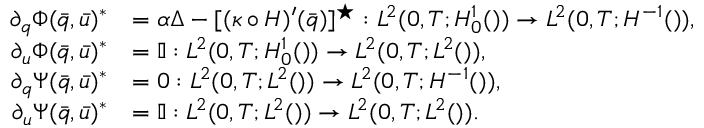
\begin{array} { r l } { \partial _ { q } \Phi ( \bar { q } , \bar { u } ) ^ { \ast } } & { = \alpha \Delta - [ ( \kappa \circ H ) ^ { \prime } ( \bar { q } ) ] ^ { \star } : L ^ { 2 } ( 0 , T ; H _ { 0 } ^ { 1 } ( \O ) ) \to L ^ { 2 } ( 0 , T ; H ^ { - 1 } ( \O ) ) , } \\ { \partial _ { u } \Phi ( \bar { q } , \bar { u } ) ^ { \ast } } & { = \mathbb { I } : L ^ { 2 } ( 0 , T ; H _ { 0 } ^ { 1 } ( \O ) ) \to L ^ { 2 } ( 0 , T ; L ^ { 2 } ( \O ) ) , } \\ { \partial _ { q } \Psi ( \bar { q } , \bar { u } ) ^ { \ast } } & { = 0 : L ^ { 2 } ( 0 , T ; L ^ { 2 } ( \O ) ) \to L ^ { 2 } ( 0 , T ; H ^ { - 1 } ( \O ) ) , } \\ { \partial _ { u } \Psi ( \bar { q } , \bar { u } ) ^ { \ast } } & { = \mathbb { I } : L ^ { 2 } ( 0 , T ; L ^ { 2 } ( \O ) ) \to L ^ { 2 } ( 0 , T ; L ^ { 2 } ( \O ) ) . } \end{array}